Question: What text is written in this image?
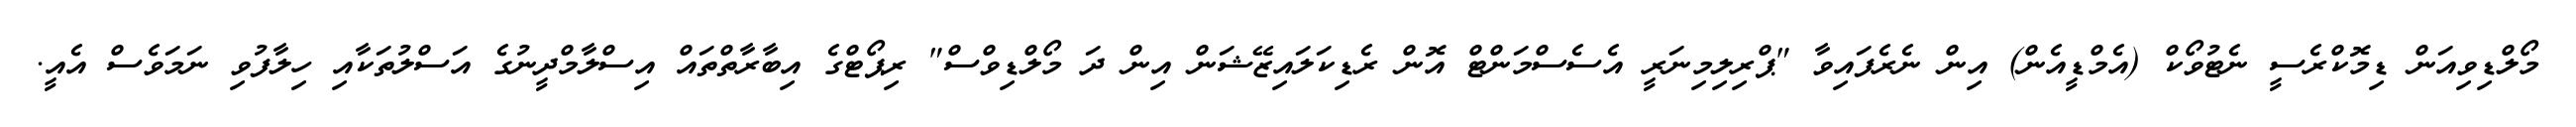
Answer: މޯލްޑިވިއަން ޑިމޮކްރެސީ ނެޓުވޯކް (އެމްޑީއެން) އިން ނެރެފައިވާ "ޕްރިލިމިނަރީ އެސެސްމަންޓް އޮން ރެޑިކަލައިޒޭޝަން އިން ދަ މޯލްޑިވްސް" ރިޕޯޓްގެ އިބާރާތްތައް އިސްލާމްދީނުގެ އަސްލުތަކާއި ހިލާފުވި ނަމަވެސް އެއީ.